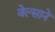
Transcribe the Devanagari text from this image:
वेल्साने